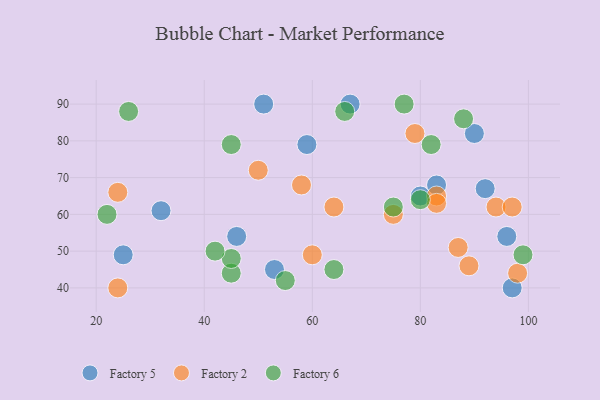
{"axis": {"x": "GDP", "y": "Life Expectancy"}, "legend": ["Factory 2", "Factory 5", "Factory 6"], "data": [{"x": "32", "y": 61, "type": "Factory 5"}, {"x": "59", "y": 79, "type": "Factory 5"}, {"x": "96", "y": 54, "type": "Factory 5"}, {"x": "92", "y": 67, "type": "Factory 5"}, {"x": "51", "y": 90, "type": "Factory 5"}, {"x": "67", "y": 90, "type": "Factory 5"}, {"x": "46", "y": 54, "type": "Factory 5"}, {"x": "90", "y": 82, "type": "Factory 5"}, {"x": "83", "y": 68, "type": "Factory 5"}, {"x": "97", "y": 40, "type": "Factory 5"}, {"x": "80", "y": 65, "type": "Factory 5"}, {"x": "25", "y": 49, "type": "Factory 5"}, {"x": "53", "y": 45, "type": "Factory 5"}, {"x": "60", "y": 49, "type": "Factory 2"}, {"x": "50", "y": 72, "type": "Factory 2"}, {"x": "94", "y": 62, "type": "Factory 2"}, {"x": "64", "y": 62, "type": "Factory 2"}, {"x": "24", "y": 66, "type": "Factory 2"}, {"x": "79", "y": 82, "type": "Factory 2"}, {"x": "75", "y": 60, "type": "Factory 2"}, {"x": "24", "y": 40, "type": "Factory 2"}, {"x": "89", "y": 46, "type": "Factory 2"}, {"x": "83", "y": 65, "type": "Factory 2"}, {"x": "98", "y": 44, "type": "Factory 2"}, {"x": "58", "y": 68, "type": "Factory 2"}, {"x": "87", "y": 51, "type": "Factory 2"}, {"x": "83", "y": 63, "type": "Factory 2"}, {"x": "97", "y": 62, "type": "Factory 2"}, {"x": "45", "y": 44, "type": "Factory 6"}, {"x": "64", "y": 45, "type": "Factory 6"}, {"x": "45", "y": 48, "type": "Factory 6"}, {"x": "55", "y": 42, "type": "Factory 6"}, {"x": "75", "y": 62, "type": "Factory 6"}, {"x": "66", "y": 88, "type": "Factory 6"}, {"x": "88", "y": 86, "type": "Factory 6"}, {"x": "99", "y": 49, "type": "Factory 6"}, {"x": "42", "y": 50, "type": "Factory 6"}, {"x": "45", "y": 79, "type": "Factory 6"}, {"x": "22", "y": 60, "type": "Factory 6"}, {"x": "77", "y": 90, "type": "Factory 6"}, {"x": "26", "y": 88, "type": "Factory 6"}, {"x": "82", "y": 79, "type": "Factory 6"}, {"x": "80", "y": 64, "type": "Factory 6"}]}